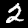
Label: 2